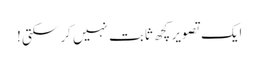
ایک تصویر کچھ ثابت نہیں کر سکتی!